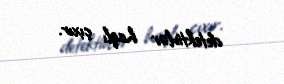
detektivlər haqlı çıxır.